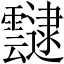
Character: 靆